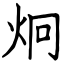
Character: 炯